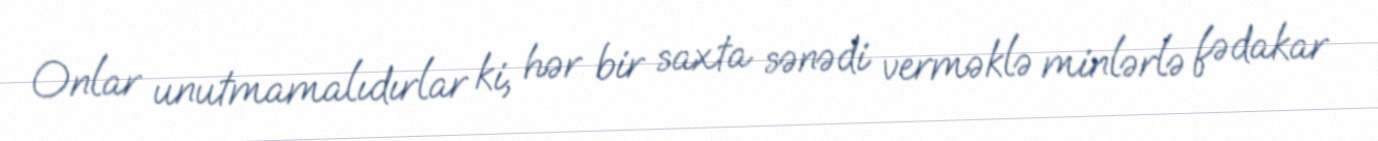
Onlar unutmamalıdırlar ki, hər bir saxta sənədi verməklə minlərlə fədakar